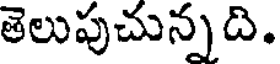
తెలుపుచున్నది.